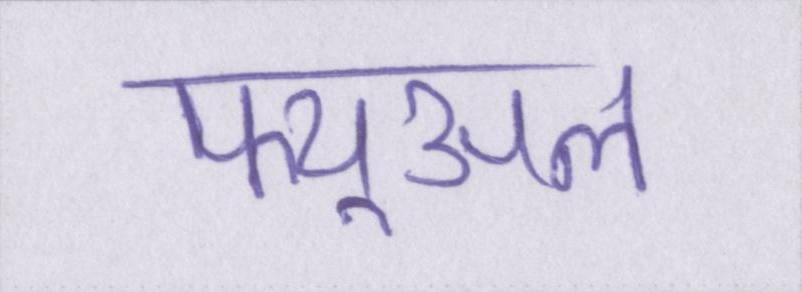
फ्यूअल